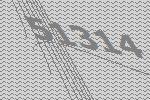
51314